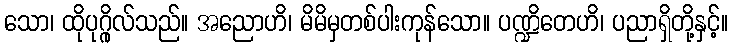
သော၊ ထိုပုဂ္ဂိုလ်သည်။ အညောဟိ၊ မိမိမှတစ်ပါးကုန်သော။ ပဏ္ဍိတေဟိ၊ ပညာရှိတို့နှင့်။